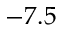
- 7 . 5